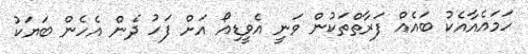
ހަމައެއާއެކު ބައެއް ފަރާތްތަކުން ވަނީ އެވީޑިއޯ އަށް ފަހު ދެން އެހެން ބަޔަކު